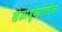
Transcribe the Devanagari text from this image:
खेळाडूंव्यतिरिक्त